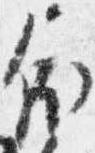
依